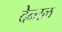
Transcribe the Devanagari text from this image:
देन्तल